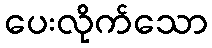
ပေးလိုက်သော